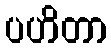
ပဟိတာ